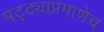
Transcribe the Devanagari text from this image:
पट्ट्याप्रमाणेच